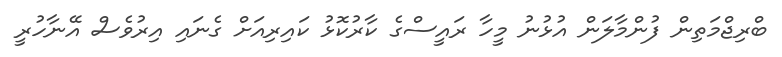
ބްރިޖްމަތިން ފުންމާލަން އުޅުނު މީހާ ރައީސްގެ ކާރުކޮޅު ކައިރިއަށް ގެނައި އިރުވެސް އޭނާހުރީ